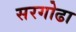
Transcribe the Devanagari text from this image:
सरगोढा